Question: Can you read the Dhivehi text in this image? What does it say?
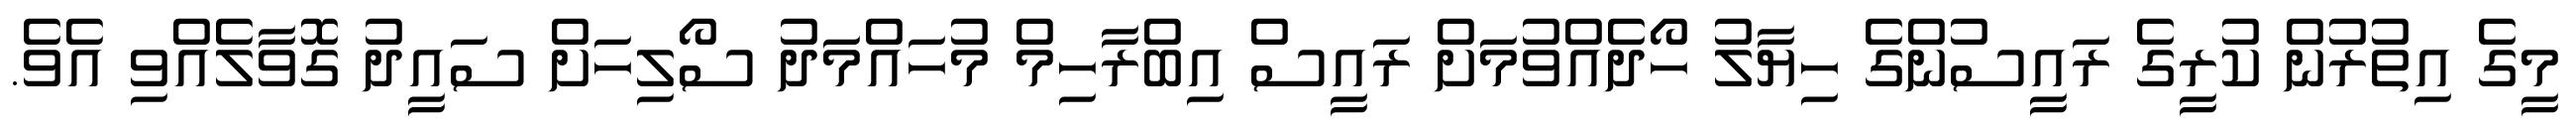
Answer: މީގެ އިތުރުން ކުރީގެ ރައީސުންގެ ހިޔާލު ހޯދެއްވުމަށް ރައީސް އިބްރާހިމް މުހައްމަދު ސޯލިހަށް ސައީދު ގޮވާލެއްވި އެވެ.